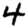
Digit: 4